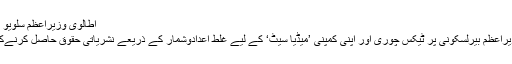
اطالوی وزیراعظم سلویو بیرلسکونی
اطالوی وزیراعظم بیرلسکونی پر ٹیکس چوری اور اپنی کمپنی ’میڈیا سیٹ‘ کے لیے غلط اعدادوشمار کے ذریعے نشریاتی حقوق حاصل کرنےکا الزام ہے۔